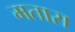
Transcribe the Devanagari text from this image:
मतारा